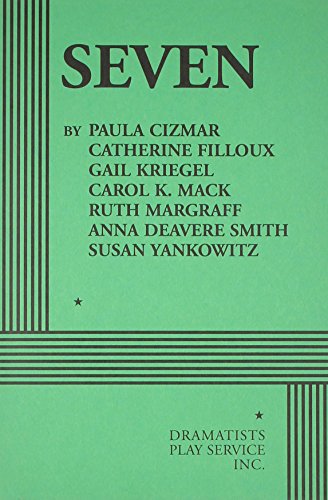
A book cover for Seven (Collection) - Acting Edition; Paula Cizmar; Humor & Entertainment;